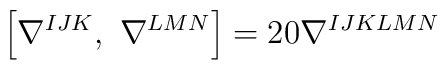
\left[ \nabla^{IJK},\ \nabla^{LMN} \right] = 20 \nabla^{IJKLMN}